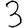
Digit: 3